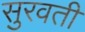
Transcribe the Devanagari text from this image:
सुरवती